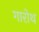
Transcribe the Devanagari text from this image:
गारोथ